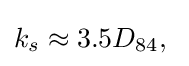
k_{s}\approx 3.5D_{84},\